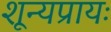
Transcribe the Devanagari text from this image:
शून्यप्रायः